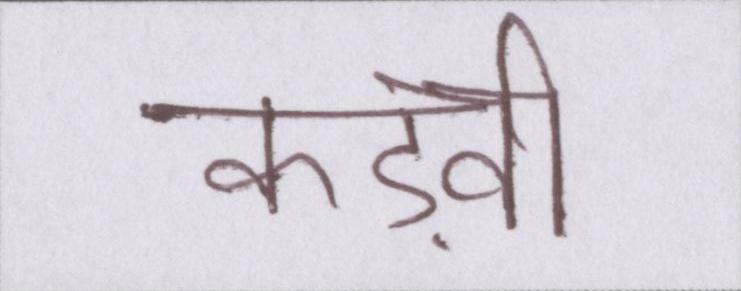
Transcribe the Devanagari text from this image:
कड़वी